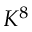
K ^ { 8 }